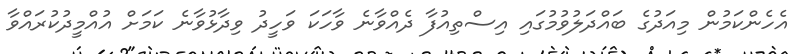
އެހެންކަމުން މިއަދުގެ ބައްދަލުވުމުގައި އިސްތިއުފާ ދެއްވާނެ ވާހަކަ ވަހީދު ވިދާޅުވާނެ ކަމަށް އުއްމީދުކުރައްވާ